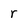
Character: r